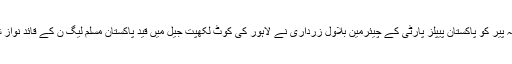
سیاسی حالات کی اس گرما گرمی میں گزشتہ پیر کو پاکستان پیپلز پارٹی کے چیئرمین بلاول زرداری نے لاہور کی کوٹ لکھپت جیل میں قید پاکستان مسلم لیگ ن کے قائد نواز شریف سے ملاقات کرکے ان کی عیادت کی۔